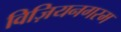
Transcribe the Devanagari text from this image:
विज़ियनगरम